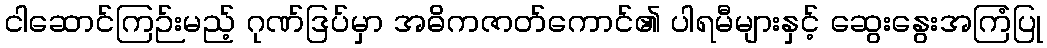
ငါဆောင်ကြဉ်းမည့် ဂုဏ်ဒြပ်မှာ အဓိကဇာတ်ကောင်၏ ပါရမီများနှင့် ဆွေးနွေးအကြံပြု